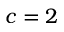
c = 2